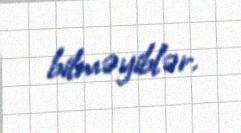
bilməyiblər.